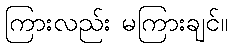
ကြားလည်း မကြားချင်။